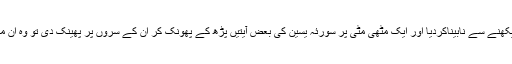
اللہ نے اُنھیں اپنے نبی کے دیکھنے سے نابیناکردیا اور ایک مٹھی مٹی پر سورئہ یٰسین کی بعض آیتیں پڑھ کے پھونک کر اُن کے سروں پر پھینک دی تو وہ اُن میں ہر ایک کے سرپر جاپڑی۔